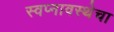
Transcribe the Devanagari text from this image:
स्वप्नावस्थेचा